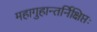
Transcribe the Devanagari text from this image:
महागुहान्तर्निक्षिप्तः